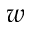
w